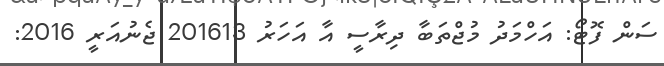
ސަން ފޮޓޯ: އަހްމަދު މުޖްތަބާ ދިރާސީ އާ އަހަރު 201613 ޖެނުއަރީ 2016: